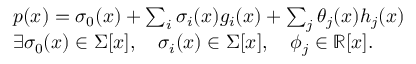
\begin{array} { r l } & { p ( x ) = \sigma _ { 0 } ( x ) + \textstyle \sum _ { i } { \sigma _ { i } ( x ) g _ { i } ( x ) } + \textstyle \sum _ { j } { \theta _ { j } ( x ) h _ { j } ( x ) } } \\ & { \exists \sigma _ { 0 } ( x ) \in \Sigma [ x ] , \quad \sigma _ { i } ( x ) \in \Sigma [ x ] , \quad \phi _ { j } \in \mathbb { R } [ x ] . } \end{array}